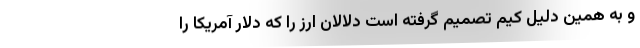
و به همین دلیل کیم تصمیم گرفته است دلالان ارز را که دلار آمریکا را